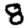
Digit: 8